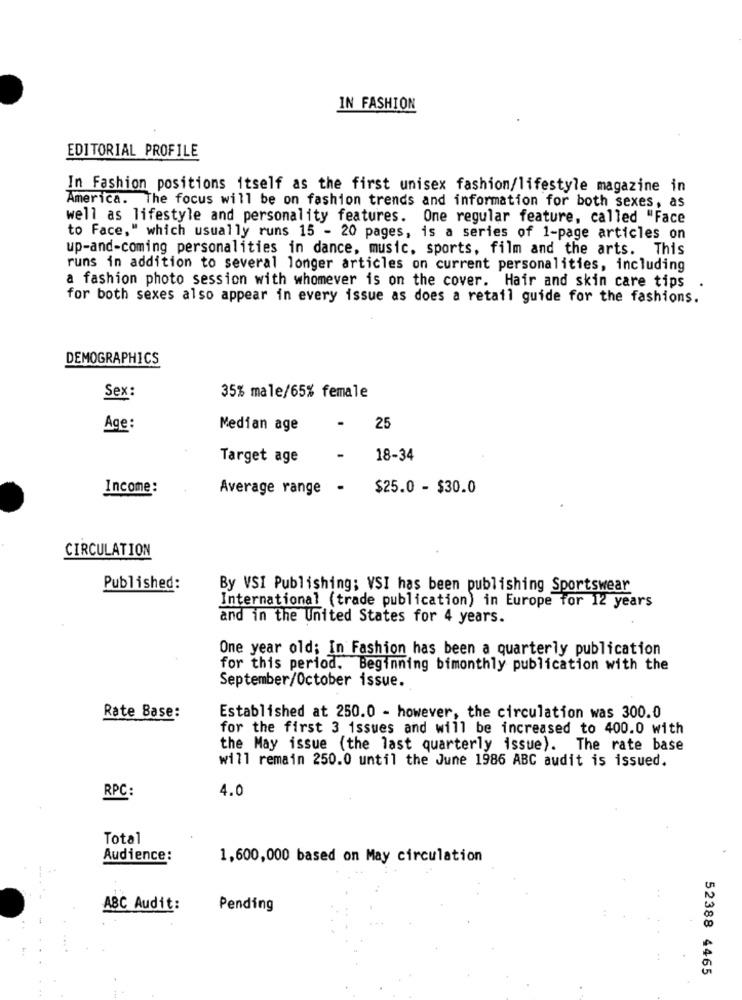
IN FASHION
EDITORIAL PROFILE
In Fashion positions itself as the first unisex fashion/lifestyle magazine in
America. The focus will be on fashion trends and information for both sexes, as
well as lifestyle and personality features. One regular feature, called "Face
to Face," which usually runs 15 - 20 pages, is a series of 1-page articles on
up-and-coming personalities in dance, music, sports, film and the arts. This
runs in addition to several longer articles on current personalities, including
a fashion photo session with whomever is on the cover. Hair and skin care tips .
for both sexes also appear in every issue as does a retail guide for the fashions.
DEMOGRAPHICS
Sex:
35% male/65% female
Age:
Median age
25
Target age
-
18-34
Income:
Average range - $25.0 - $30.0
CIRCULATION
Published:
By VSI Publishing; VSI has been publishing Sportswear
International (trade publication) in Europe for 12 years
and in the United States for 4 years.
One year old; In Fashion has been a quarterly publication
for this period. Beginning bimonthly publication with the
September/October issue.
Rate Base:
Established at 250.0 - however, the circulation was 300.0
for the first 3 issues and will be increased to 400.0 with
the May issue (the last quarterly issue). The rate base
will remain 250.0 until the June 1986 ABC audit is issued.
RPC:
4.0
Total
Audience:
1,600,000 based on May circulation
ABC Audit:
Pending
52388 4465